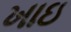
ખાઇ